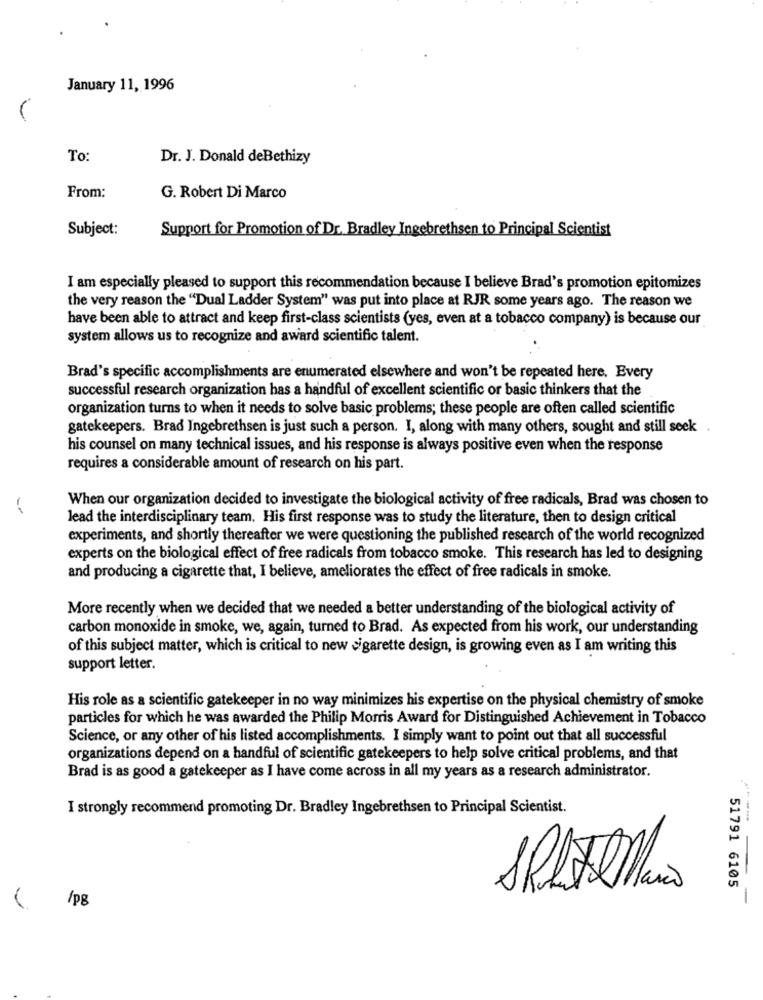
January 11, 1996
To:
Dr. J. Donald deBethizy
From:
G. Robert Di Marco
Subject:
Support for Promotion of Dr. Bradley Ingebrethsen to Principal Scientist
I am especially pleased to support this recommendation because I believe Brad's promotion epitomizes
the very reason the "Dual Ladder System" was put into place at RJR some years ago. The reason we
have been able to attract and keep first-class scientists (yes, even at a tobacco company) is because our
system allows us to recognize and award scientific talent.
Brad's specific accomplishments are enumerated elsewhere and won't be repeated here. Every
successful research organization has a handful of excellent scientific or basic thinkers that the
organization turns to when it needs to solve basic problems; these people are often called scientific
gatekeepers. Brad Ingebrethsen is just such a person. I, along with many others, sought and still seek
his counsel on many technical issues, and his response is always positive even when the response
requires a considerable amount of research on his part.
When our organization decided to investigate the biological activity of free radicals, Brad was chosen to
lead the interdisciplinary team. His first response was to study the literature, then to design critical
experiments, and shortly thereafter we were questioning the published research of the world recognized
experts on the biological effect of free radicals from tobacco smoke. This research has led to designing
and producing a cigarette that, I believe, ameliorates the effect of free radicals in smoke.
More recently when we decided that we needed a better understanding of the biological activity of
carbon monoxide in smoke, we, again, turned to Brad. As expected from his work, our understanding
of this subject matter, which is critical to new cigarette design, is growing even as I am writing this
support letter.
His role as a scientific gatekeeper in no way minimizes his expertise on the physical chemistry of smoke
particles for which he was awarded the Philip Morris Award for Distinguished Achievement in Tobacco
Science, or any other of his listed accomplishments. I simply want to point out that all successful
organizations depend on a handful of scientific gatekeepers to help solve critical problems, and that
Brad is as good a gatekeeper as I have come across in all my years as a research administrator.
I strongly recommend promoting Dr. Bradley Ingebrethsen to Principal Scientist.
SRAQMais
51791 6105
/pg